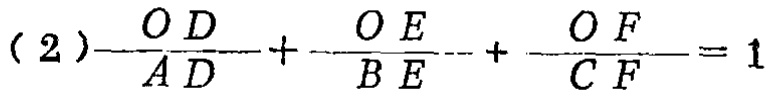
(2)$$\frac{OD}{AD}+\frac{OE}{BE}+\frac{OF}{CF}=1$$